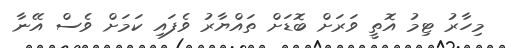
މިހާރު ޓިމު އޮތީ ވަރަށް ބޮޑަށް ތައްޔާރު ވެފައި ކަމަށް ވެސް އޭނާ